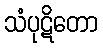
သံပုဋိတော